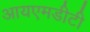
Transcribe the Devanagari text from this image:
आयएमडीटी